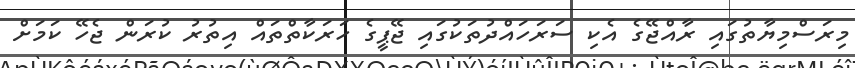
މިރަސްމިޔާތުގައި ރާއްޖޭގެ އެކި ސަރަހައްދުތަކުގައި ޖޭޕީގެ ހަރަކާތްތައް އިތުރު ކުރަން ޖެހޭ ކަމަށް